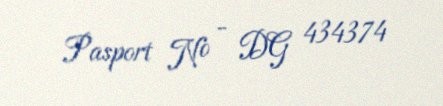
Pasport № - DG 434374